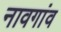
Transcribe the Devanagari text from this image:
नावगांव